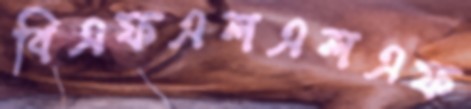
বিএফএলএলএফ